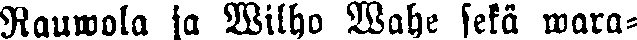
Rauwola ja Wilho Wahe sekä wara-